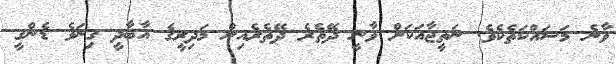
ވާނެ މަސައްކަތެކެވެ. ނަތީޖާއަކަށް ވާނީ ދޭތެރެ ދޭތެރެއިން މަދިރީގެ އާބާދީ ގިނަވެ ޑެންގީ